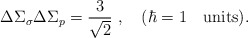
\begin{align*}\Delta \Sigma_\sigma \Delta \Sigma_p={3\over \sqrt 2}\ , \quad (\hbar=1\quad\hbox{units}) .\end{align*}